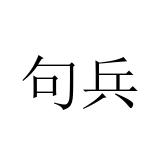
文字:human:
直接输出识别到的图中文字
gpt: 句兵